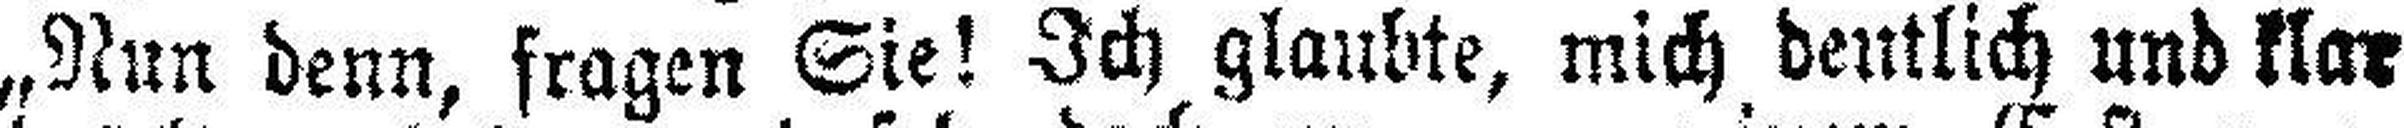
„Nun denn, fragen Sie! Ich glaubte, mich deutlich und klar